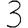
Digit: 3